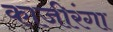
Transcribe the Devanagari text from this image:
काजीरंगा